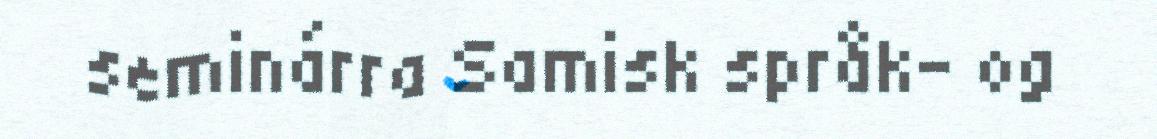
seminárra Samisk språk– og